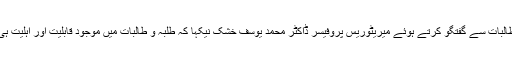
اس موقع پر امتحان میں شریک طلبہ و طالبات سے گفتگو کرتے ہوئے میریٹوریس پروفیسر ڈاکٹر محمد یوسف خشک نیکہا کہ طلبہ و طالبات میں موجود قابلیت اور اہلیت ہی انہیں ان کی منزل تک پہنچا سکتی ہے۔